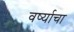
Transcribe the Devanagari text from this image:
वर्ष्याचा